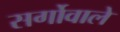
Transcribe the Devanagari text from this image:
सर्गोवाले